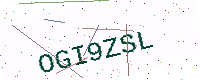
Text: OGI9ZSL